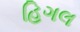
હિગલ